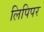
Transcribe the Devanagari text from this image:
लिपिपर